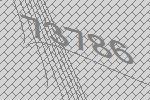
73786